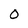
Character: 0